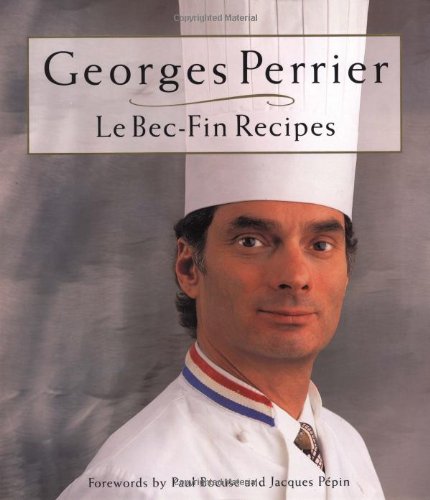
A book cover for Georges Perrier Le Bec-fin Recipes; George Perrier; Cookbooks, Food & Wine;